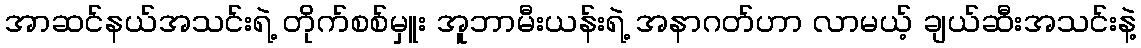
အာဆင်နယ်အသင်းရဲ့ တိုက်စစ်မှူး အူဘာမီးယန်းရဲ့ အနာဂတ်ဟာ လာမယ့် ချယ်ဆီးအသင်းနဲ့